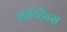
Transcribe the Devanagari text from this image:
मार्व्हिन्स